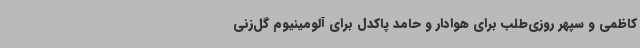
کاظمی و سپهر روزی‌طلب برای هوادار و حامد پاکدل برای آلومینیوم گل‌زنی